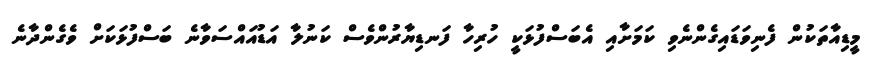
މީޑިއާތަކުން ފެނިވަޑައިގެންނެވި ކަމަށާއި އެބަސްފުޅަކީ ހުރިހާ ފަނޑިޔާރުންވެސް ކަނުލާ އަޑުއައްސަވާނެ ބަސްފުޅަކަށް ވެގެންދާނެ